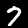
Label: 7